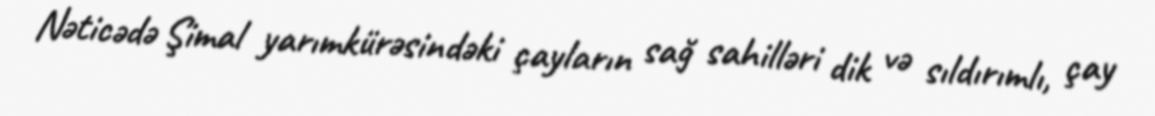
Nəticədə Şimal yarımkürəsindəki çayların sağ sahilləri dik və sıldırımlı, çay